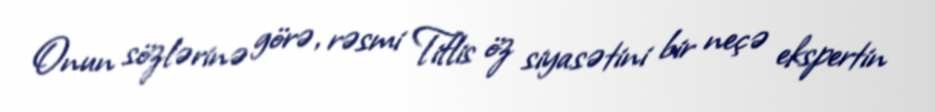
Onun sözlərinə görə, rəsmi Tiflis öz siyasətini bir neçə ekspertin